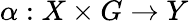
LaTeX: \alpha:X\times G\to Y